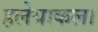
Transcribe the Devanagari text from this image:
हलेयाकला